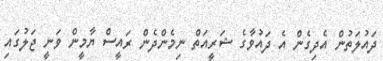
ދައުލަތުން އެދިގެން އެ ދައުވާގެ ޝަރީއަތް ނިމެންދެން ރައީސް ޔާމީން ވަނީ ޖަލުގައި